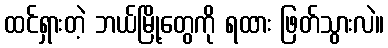
ထင်ရှားတဲ့ ဘယ်မြို့တွေကို ရထား ဖြတ်သွားလဲ။